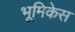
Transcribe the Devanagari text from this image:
भूमिकेस